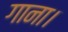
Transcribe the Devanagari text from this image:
गाना।